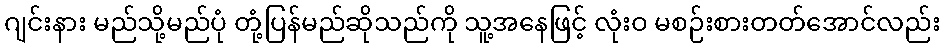
ဂျင်းနား မည်သို့မည်ပုံ တုံ့ပြန်မည်ဆိုသည်ကို သူ့အနေဖြင့် လုံးဝ မစဉ်းစားတတ်အောင်လည်း